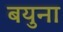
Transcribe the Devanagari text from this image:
बयुना